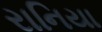
રાનિયા